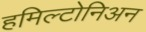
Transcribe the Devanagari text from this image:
हमिल्टोनिअन